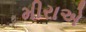
મીરાએ